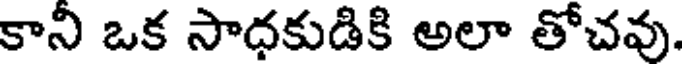
కాని ఒక సాధకుడికి అలా తోచవు.